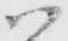
ハ